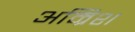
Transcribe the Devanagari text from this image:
अम्रिश